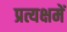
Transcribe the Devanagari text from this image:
प्रत्यक्षमें